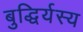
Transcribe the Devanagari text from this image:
बुद्धिर्यस्य